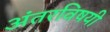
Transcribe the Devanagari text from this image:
अंतरविषयी